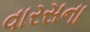
વારસના